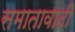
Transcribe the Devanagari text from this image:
समातावादी